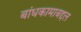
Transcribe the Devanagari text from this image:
बांधकामाबद्दल